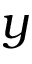
y